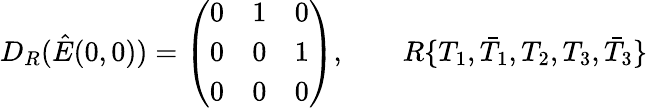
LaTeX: D_{R}(\hat{E}(0,0))=\left(\begin{array}{ccc}{{0}}&{{1}}&{{0}}\\ {{0}}&{{0}}&{{1}}\\ {{0}}&{{0}}&{{0}}\end{array}\right),\qquad R\{ T_{1},\bar{T}_{1},T_{2},T_{3},\bar{T}_{3}\}